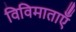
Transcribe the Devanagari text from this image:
विविमाताएँ